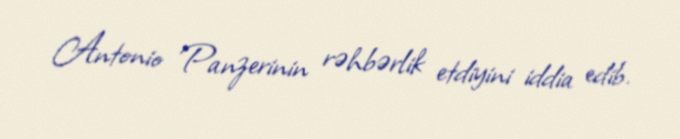
Antonio Panzerinin rəhbərlik etdiyini iddia edib.